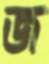
জ